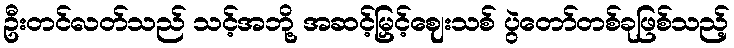
ဦးတင်လတ်သည် သင့်အဘို့ အဆင့်မြှင့်ဈေးသစ် ပွဲတော်တစ်ခုဖြစ်သည့်